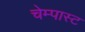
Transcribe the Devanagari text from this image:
चेम्पास्ट